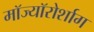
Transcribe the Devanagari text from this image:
मॉज्यॉरोर्शाग